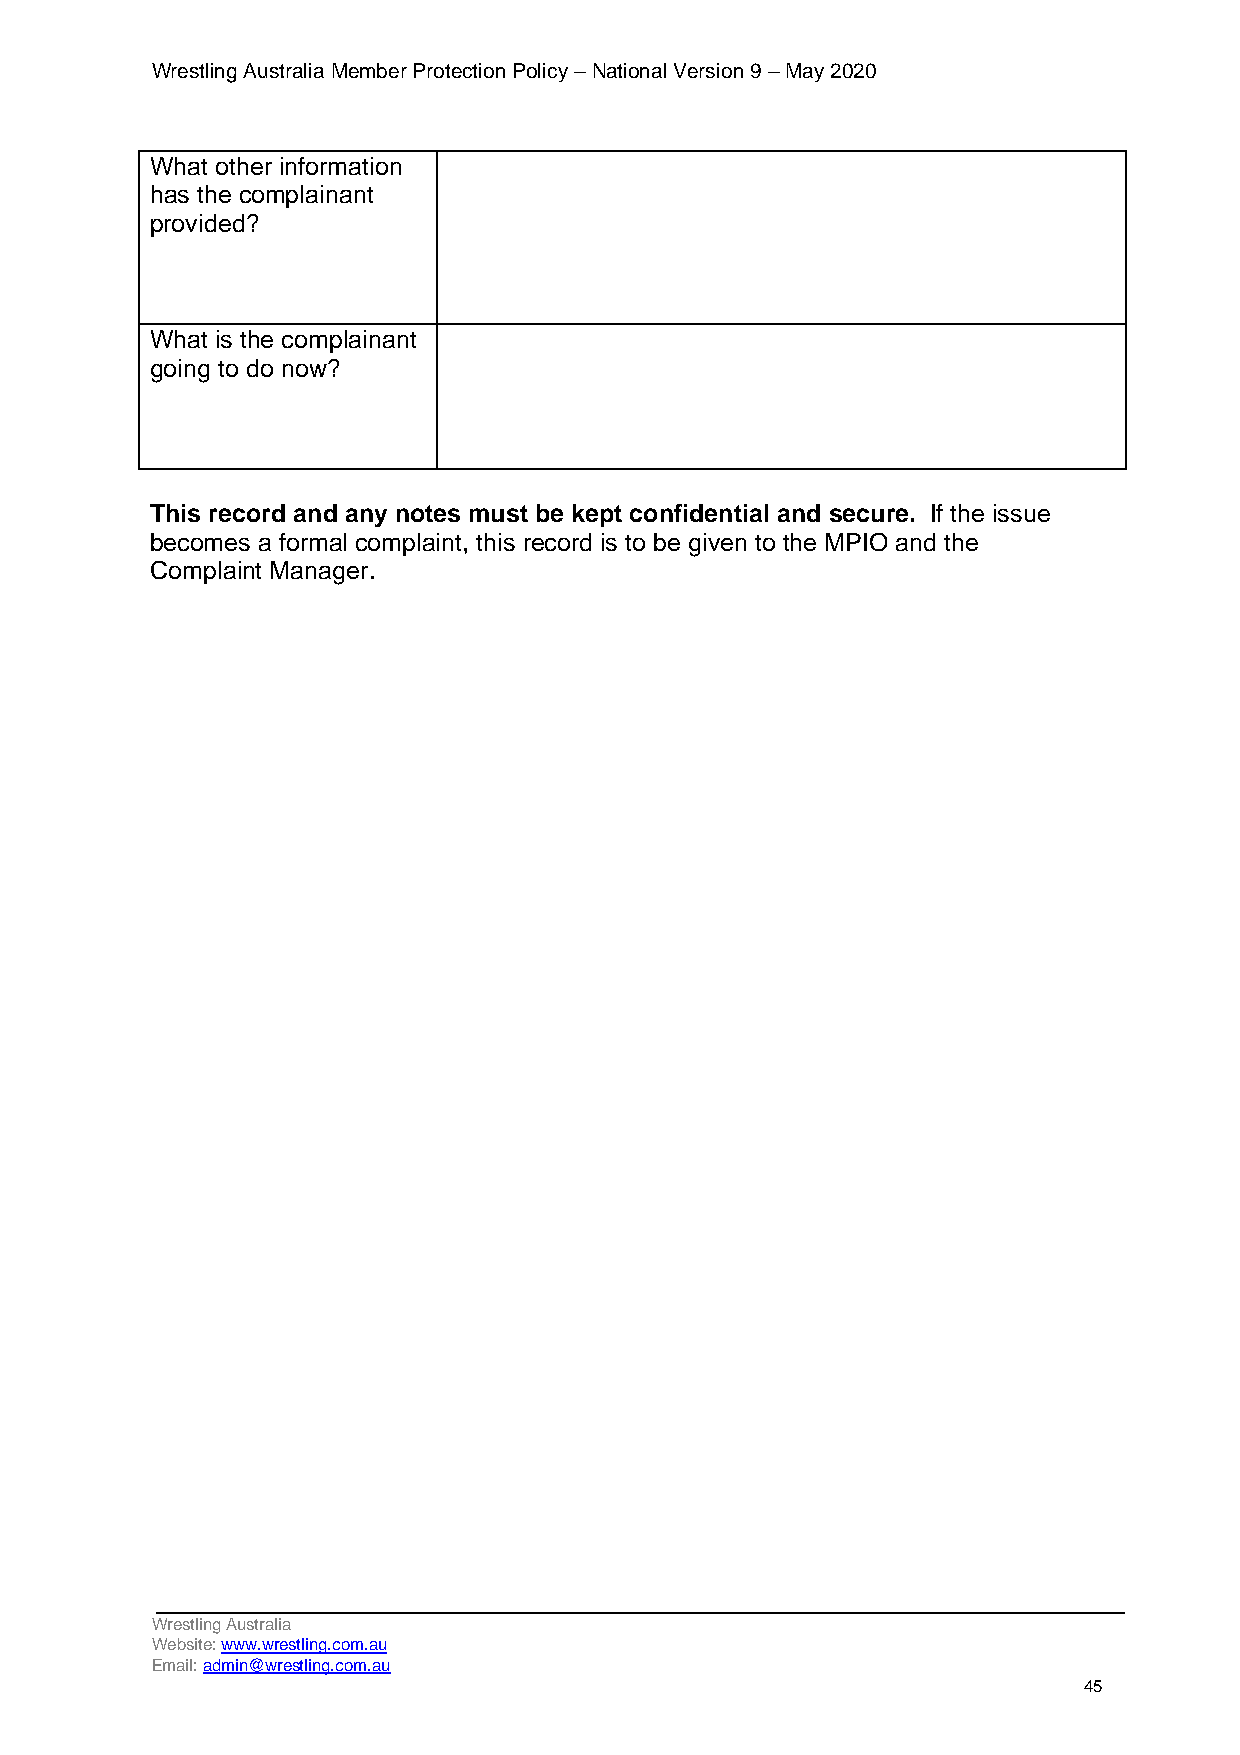
Wrestling Australia Member Protection Policy – National Version 9 – May 2020
 What other information
 has the complainant
 provided?
 What is the complainant
 going to do now?
 This record and any notes must be kept confidential and secure. If the issue
 becomes a formal complaint, this record is to be given to the MPIO and the
 Complaint Manager.
 Wrestling Australia
 Website: www.wrestling.com.au
 Email: admin@wrestling.com.au
 45